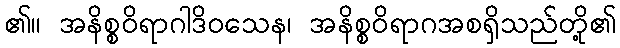
၏။ အနိစ္စဝိရာဂါဒိဝသေန၊ အနိစ္စဝိရာဂအစရှိသည်တို့၏